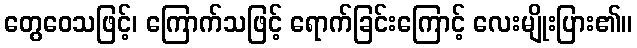
တွေဝေသဖြင့်၊ ကြောက်သဖြင့် ရောက်ခြင်းကြောင့် လေးမျိုးပြား၏။